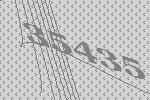
35435